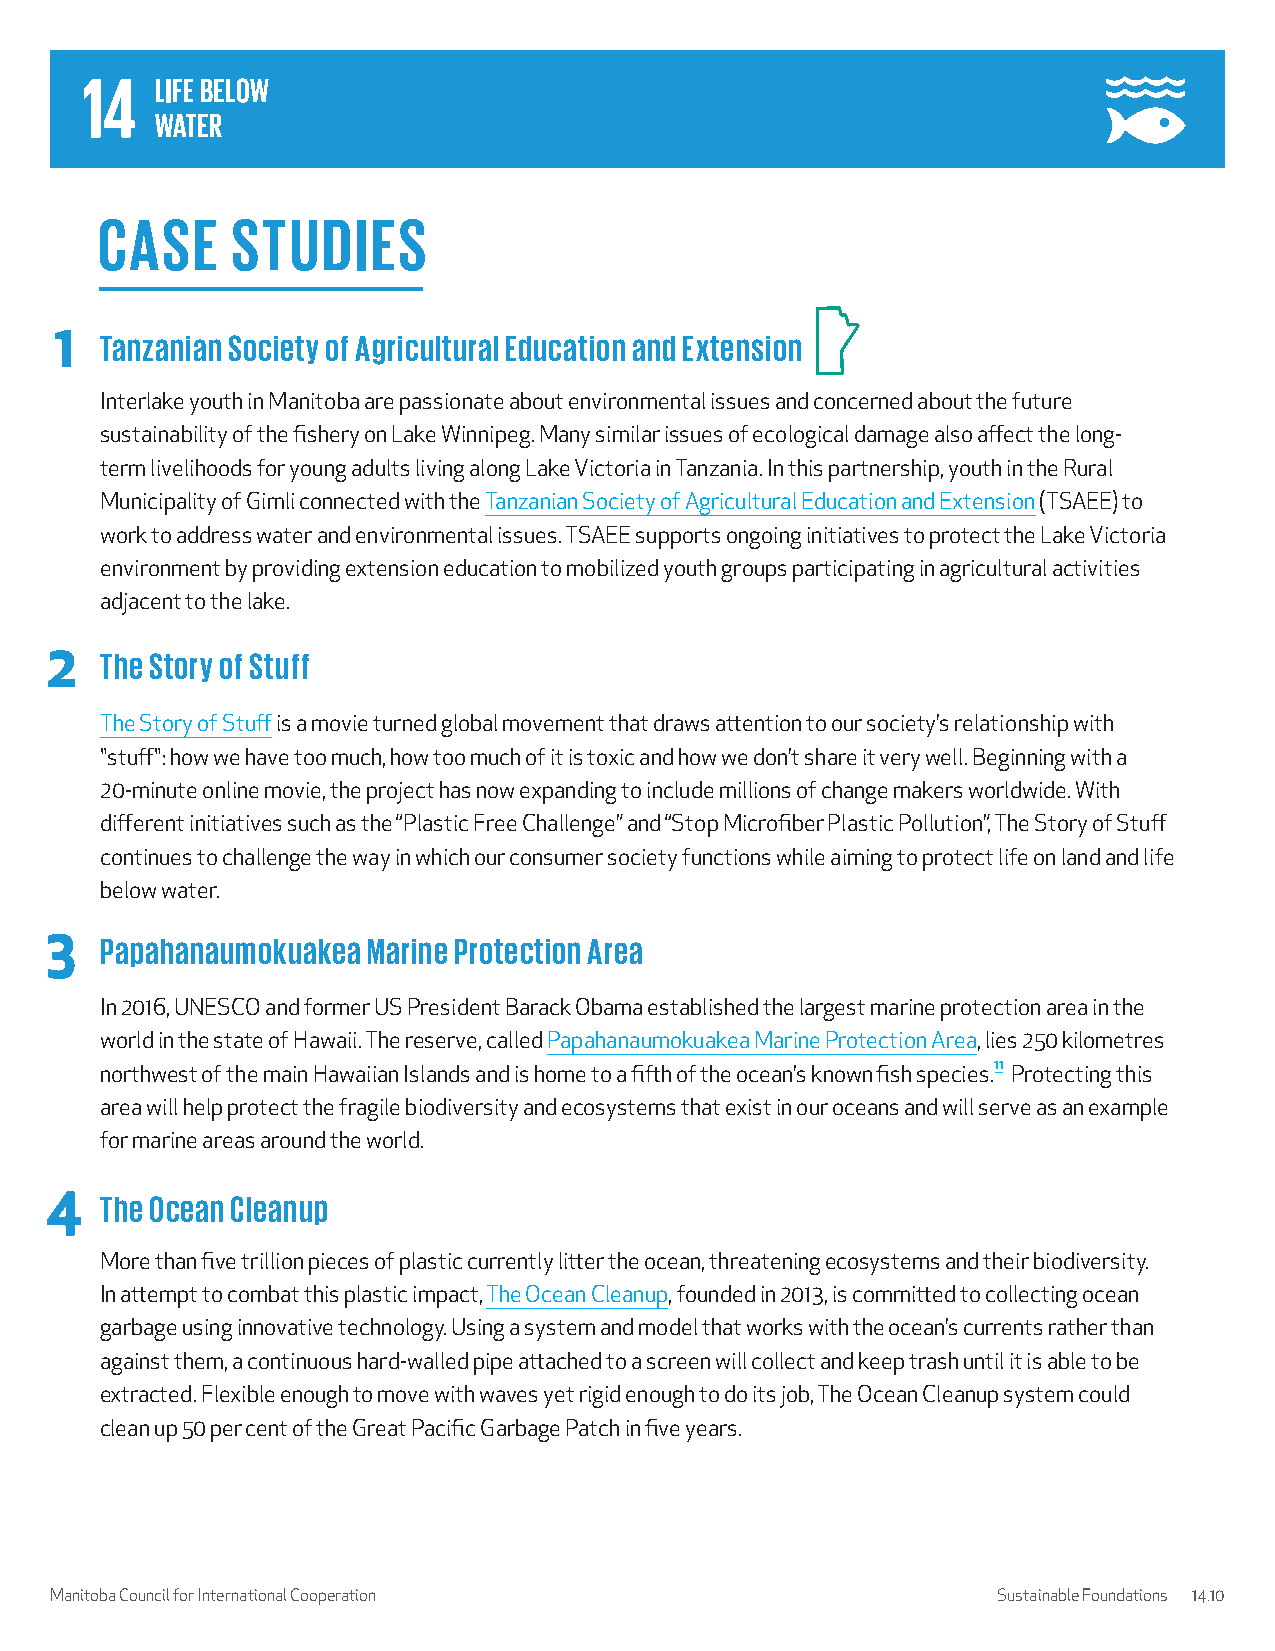
CASE     STUDIES
 1  Tanzanian Society of Agricultural Education and Extension
 Interlake youth in Manitoba are passionate about environmental issues and concerned about the future
 sustainability of the fishery on Lake Winnipeg. Many similar issues of ecological damage also affect the long-
 term livelihoods for young adults living along Lake Victoria in Tanzania. In this partnership, youth in the Rural
 Municipality of Gimli connected with the Tanzanian Society of Agricultural Education and Extension (TSAEE) to
 work to address water and environmental issues. TSAEE supports ongoing initiatives to protect the Lake Victoria
 environment by providing extension education to mobilized youth groups participating in agricultural activities
 adjacent to the lake.
 2   The Story of Stuff
 The Story of Stuff is a movie turned global movement that draws attention to our society’s relationship with
 "stuff": how we have too much, how too much of it is toxic and how we don’t share it very well. Beginning with a
 20-minute online movie, the project has now expanding to include millions of change makers worldwide. With
 different initiatives such as the “Plastic Free Challenge” and “Stop Microfiber Plastic Pollution”, The Story of Stuff
 continues to challenge the way in which our consumer society functions while aiming to protect life on land and life
 below water.
 3   Papahanaumokuakea Marine Protection Area
 In 2016, UNESCO and former US President Barack Obama established the largest marine protection area in the
 world in the state of Hawaii. The reserve, called Papahanaumokuakea Marine Protection Area, lies 250 kilometres
 northwest of the main Hawaiian Islands and is home to a fifth of the ocean’s known fish species.11 Protecting this
 area will help protect the fragile biodiversity and ecosystems that exist in our oceans and will serve as an example
 for marine areas around the world.
 4   The Ocean Cleanup
 More than five trillion pieces of plastic currently litter the ocean, threatening ecosystems and their biodiversity.
 In attempt to combat this plastic impact, The Ocean Cleanup, founded in 2013, is committed to collecting ocean
 garbage using innovative technology. Using a system and model that works with the ocean’s currents rather than
 against them, a continuous hard-walled pipe attached to a screen will collect and keep trash until it is able to be
 extracted. Flexible enough to move with waves yet rigid enough to do its job, The Ocean Cleanup system could
 clean up 50 per cent of the Great Pacific Garbage Patch in five years.
 Manitoba Council for International Cooperation                 Sustainable Foundations 14.10